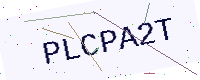
Text: PLCPA2T